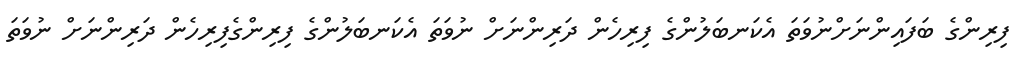
ފިރިންގެ ބަފައިންނަށްނުވަތަ އެކަނބަލުންގެ ފިރިހެން ދަރިންނަށް ނުވަތަ އެކަނބަލުންގެ ފިރިންގެފިރިހެން ދަރިންނަށް ނުވަތަ